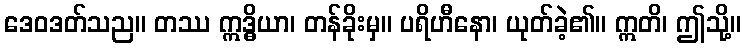
ဒေဝဒတ်သည။ တဿ ဣဒ္ဓိယာ၊ တန်ခိုးမှ။ ပရိဟီနော၊ ယုတ်ခဲ့၏။ ဣတိ၊ ဤသို့။